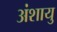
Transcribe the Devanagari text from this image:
अंशायु